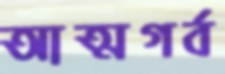
আত্মগর্ব